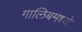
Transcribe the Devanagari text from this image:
गालिबमध्ये